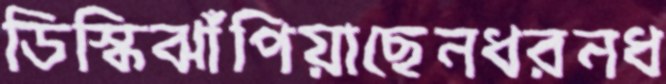
ডিস্কিঝাঁপিয়াছেনধরনধ